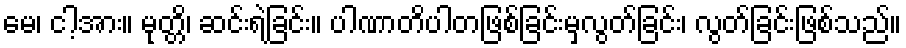
မေ၊ ငါ့အား။ မုတ္တိ၊ ဆင်းရဲခြင်း။ ပါဏာတိပါတဖြစ်ခြင်းမှလွတ်ခြင်း၊ လွတ်ခြင်းဖြစ်သည်။